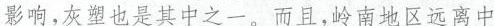
影响，灰塑也是其中之一，而且，岭南地区远离中